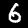
Digit: 6